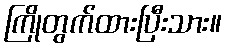
ကြိုတွက်ထားပြီးသား။